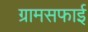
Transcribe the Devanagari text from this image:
ग्रामसफाई